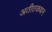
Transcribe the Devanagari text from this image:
अतीतकथन